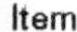
ITEM